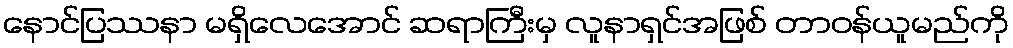
နောင်ပြဿနာ မရှိလေအောင် ဆရာကြီးမှ လူနာရှင်အဖြစ် တာဝန်ယူမည်ကို